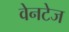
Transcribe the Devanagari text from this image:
वेनटेज